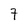
Character: 7